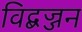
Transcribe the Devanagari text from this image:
विद्बज्जन